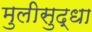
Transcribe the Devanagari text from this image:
मुलीसुद्धा